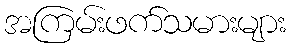
အကြမ်းဖက်သမားများ